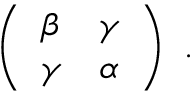
\left( \begin{array} { l l } { { \beta } } & { { \gamma } } \\ { { \gamma } } & { { \alpha } } \end{array} \right) \ .